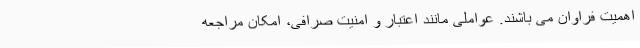
اهمیت فراوان می باشند. عواملی مانند اعتبار و امنیت صرافی، امکان مراجعه